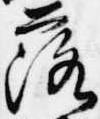
落